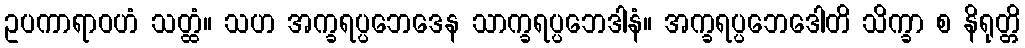
ဥပကာရာဝဟံ သတ္ထံ။ သဟ အက္ခရပ္ပဘေဒေန သာက္ခရပ္ပဘေဒါနံ။ အက္ခရပ္ပဘေဒေါတိ သိက္ခာ စ နိရုတ္တိ